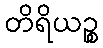
တိရိယဉ္စ